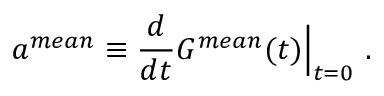
a ^ { m e a n } \equiv \frac { d } { d t } G ^ { m e a n } ( t ) \Big | _ { t = 0 } \mathrm { ~ . ~ }